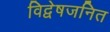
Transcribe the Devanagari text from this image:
विद्वेषजनित